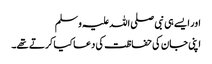
اور ایسے ہی نبی صلی اللہ علیہ وسلم
اپنی جان کی حفاظت کی دعا کیا کرتے تھے۔